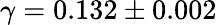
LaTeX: \gamma=0.132\pm 0.002